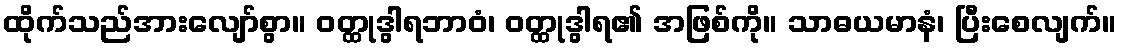
ထိုက်သည်အားလျော်စွာ။ ဝတ္ထုဒွါရဘာဝံ၊ ဝတ္ထုဒွါရ၏ အဖြစ်ကို။ သာဓယမာနံ၊ ပြီးစေလျက်။